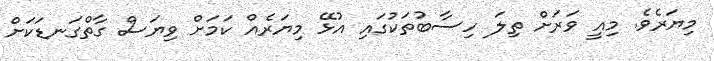
މިޔަރެވެ. މިއީ ވަރަށް ތިލަ ހިސާބުތަކުގައި އުޅޭ މިޔަރެއް ކަމަށް ވިޔަސް ގާތްގަނޑަކަށް